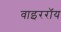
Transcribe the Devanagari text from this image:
वाइररॉय